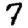
Digit: 7